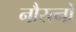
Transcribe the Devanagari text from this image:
नौरत्नों